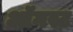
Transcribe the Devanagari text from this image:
ऑॅगस्ट